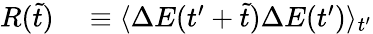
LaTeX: \begin{array}{rl}{R(\tilde{t})}&{{}\equiv\langle\Delta E(t^{\prime}+\tilde{t})\Delta E(t^{\prime})\rangle_{t^{\prime}}}\end{array}